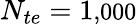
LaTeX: N_{te}=1\small{,}000